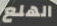
الهلع